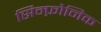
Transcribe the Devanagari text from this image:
सिम्फ़ोनिक